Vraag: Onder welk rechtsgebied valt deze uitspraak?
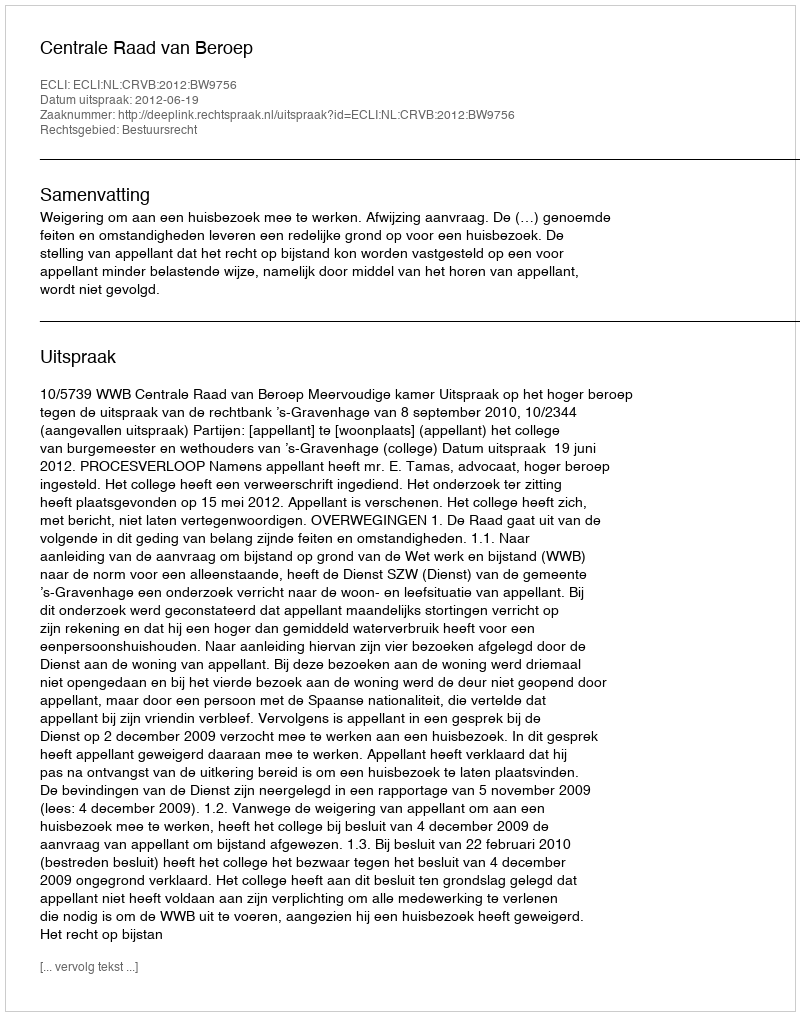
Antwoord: Bestuursrecht